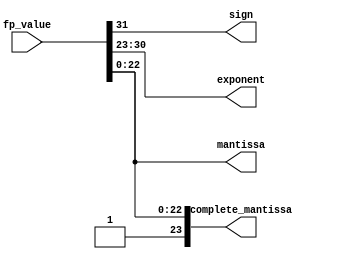
`timescale 1ns / 1ps
//////////////////////////////////////////////////////////////////////////////////
// Company: 
// Engineer: 
// 
// Design Name: 
// Module Name:    value_decomposer 
// Project Name: 
// Target Devices: 
// Tool versions: 
// Description: 
//
// Dependencies: 
//
// Revision: 
// Revision 0.01 - File Created
// Additional Comments: 
//
//////////////////////////////////////////////////////////////////////////////////
module value_decomposer(
    input [31:0] fp_value,
    output sign,
    output [7:0] exponent,
    output [22:0] mantissa,
    output [23:0] complete_mantissa
    );

assign sign = fp_value[31];
assign exponent = fp_value[30:23];
assign mantissa = fp_value[22:0];
assign complete_mantissa = {1'b1,mantissa};

endmodule